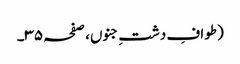
(طوافِ دشتِ جنوں، صفحہ ۳۵۔